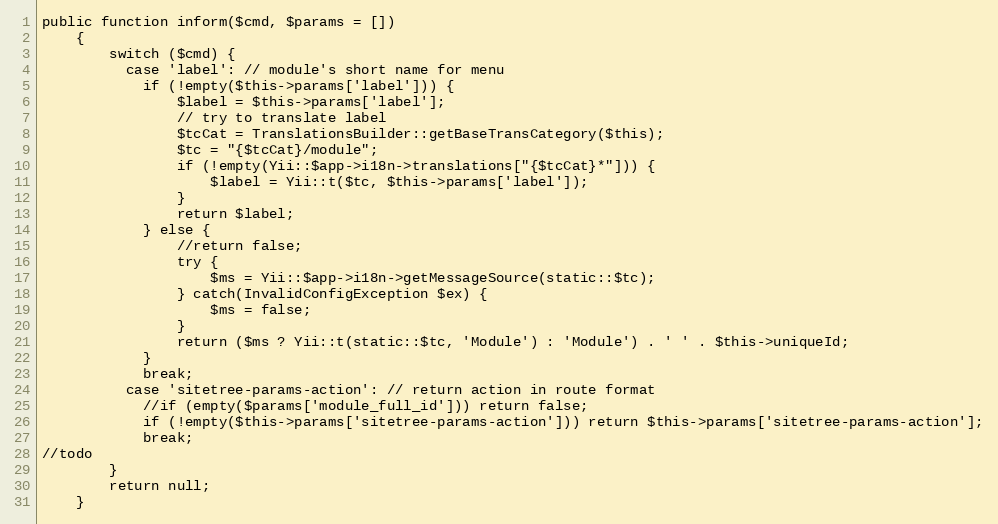
Language: PHP
public function inform($cmd, $params = [])
    {
        switch ($cmd) {
          case 'label': // module's short name for menu
            if (!empty($this->params['label'])) {
                $label = $this->params['label'];
                // try to translate label
                $tcCat = TranslationsBuilder::getBaseTransCategory($this);
                $tc = "{$tcCat}/module";
                if (!empty(Yii::$app->i18n->translations["{$tcCat}*"])) {
                    $label = Yii::t($tc, $this->params['label']);
                }
                return $label;
            } else {
                //return false;
                try {
                    $ms = Yii::$app->i18n->getMessageSource(static::$tc);
                } catch(InvalidConfigException $ex) {
                    $ms = false;
                }
                return ($ms ? Yii::t(static::$tc, 'Module') : 'Module') . ' ' . $this->uniqueId;
            }
            break;
          case 'sitetree-params-action': // return action in route format
            //if (empty($params['module_full_id'])) return false;
            if (!empty($this->params['sitetree-params-action'])) return $this->params['sitetree-params-action'];
            break;
//todo
        }
        return null;
    }